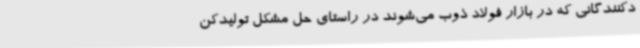
دکنندگانی که در بازار فولاد ذوب می‌شوند در راستای حل مشکل تولیدکن